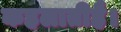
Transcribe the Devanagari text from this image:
कहलातीहै।